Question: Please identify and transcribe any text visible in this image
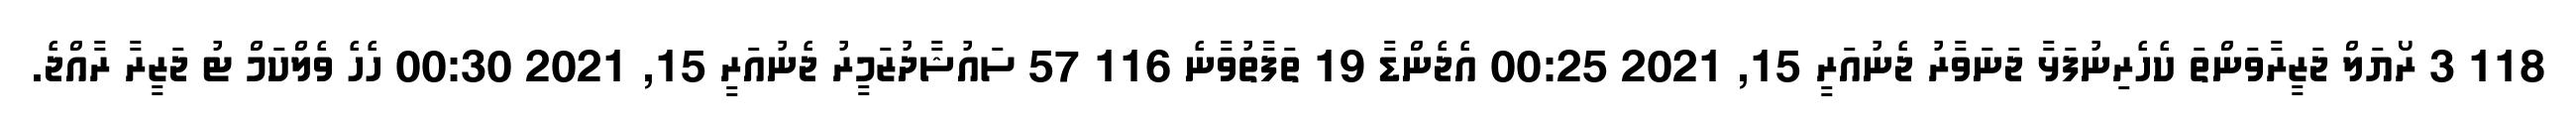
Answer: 118 3 ރޯޔަލް ޖަޒީރާވަންތަ ކެހެރިނުފަޅާ ޖަނަވާރު ޖެނުއަރީ 15, 2021 00:25 އެޖެންޑާ 19 ތަފާތުވާނެ 116 57 ސައުޝާދުޒަމީރު ޖެނުއަރީ 15, 2021 00:30 ހެހެ ވެލްކަމް ޓު ޖަޒީރާ ރާއްޖެ.